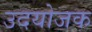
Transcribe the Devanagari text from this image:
उदयोजक